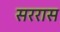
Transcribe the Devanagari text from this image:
सररास